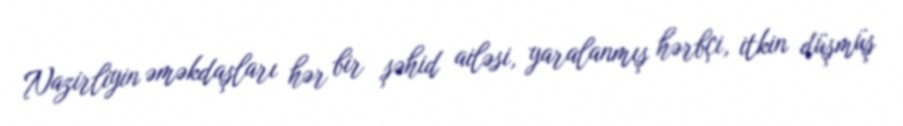
Nazirliyin əməkdaşları hər bir şəhid ailəsi, yaralanmış hərbçi, itkin düşmüş